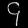
Digit: ၄